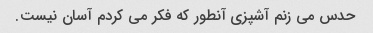
حدس می زنم آشپزی آنطور که فکر می کردم آسان نیست.